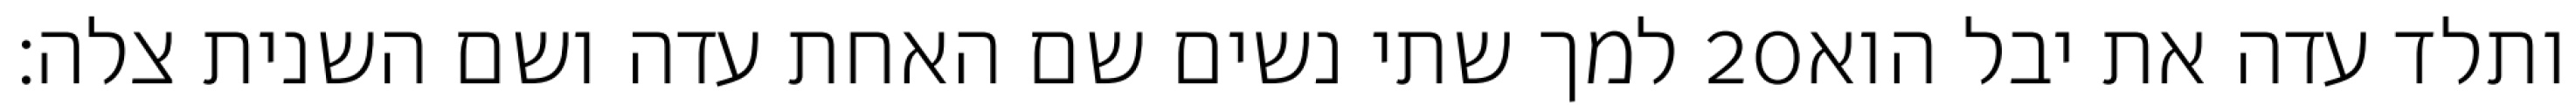
למך שתי נשים שם האחת עדה ושם השנית צלה׃ ‎20‏ ותלד עדה את יבל הוא